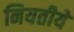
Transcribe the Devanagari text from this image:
नियतीये